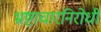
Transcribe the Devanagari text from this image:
भ्रष्टाचारनिरोधी